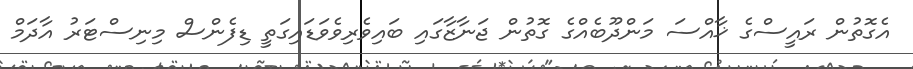
އެގޮތުން ރައީސްގެ ޚާއްސަ މަންދޫބެއްގެ ގޮތުން ޖަނާޒާގައި ބައިވެރިވެވަޑައިގަތީ ޑިފެންސް މިނިސްޓަރު އާދަމް